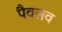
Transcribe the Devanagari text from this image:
पैवलव